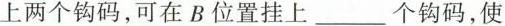
上两个钩码，可在B位置挂上___个钩码，使